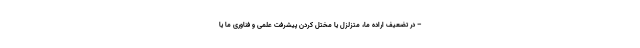
– در تضعیف اراده ما، متزلزل یا مختل کردن پیشرفت علمی و فناوری ما یا